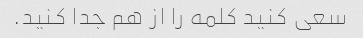
سعی کنید کلمه را از هم جدا کنید.